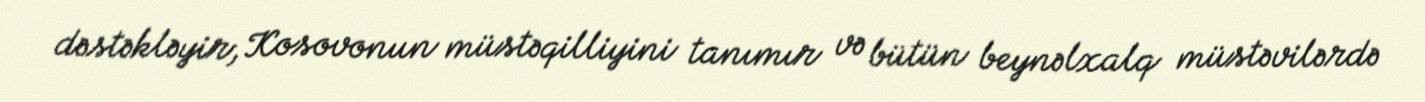
dəstəkləyir, Kosovonun müstəqilliyini tanımır və bütün beynəlxalq müstəvilərdə